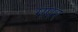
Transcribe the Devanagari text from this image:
मपर